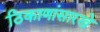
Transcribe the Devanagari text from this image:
ठिकाणांसारखे